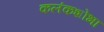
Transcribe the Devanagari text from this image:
कलंकशोभा